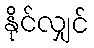
နိုင်လျှင်